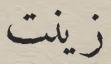
زينت